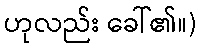
ဟုလည်း ခေါ်၏။)